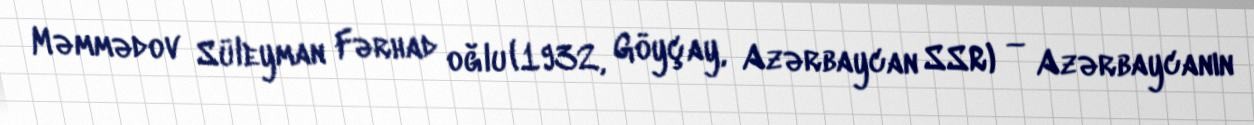
Məmmədov Süleyman Fərhad oğlu (1932, Göyçay, Azərbaycan SSR) — Azərbaycanın